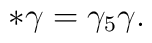
\ast\gamma =\gamma_5 \gamma.